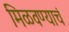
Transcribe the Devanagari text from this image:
मिळवण्याचं